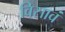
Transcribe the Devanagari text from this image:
विसावं